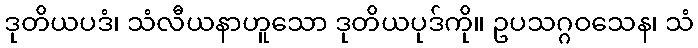
ဒုတိယပဒံ၊ သံလီယနာဟူသော ဒုတိယပုဒ်ကို။ ဥပသဂ္ဂဝသေန၊ သံ